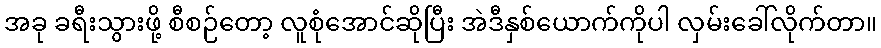
အခု ခရီးသွားဖို့ စီစဉ်တော့ လူစုံအောင်ဆိုပြီး အဲဒီနှစ်ယောက်ကိုပါ လှမ်းခေါ်လိုက်တာ။